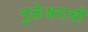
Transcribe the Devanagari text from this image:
मुक्तेश्वराची